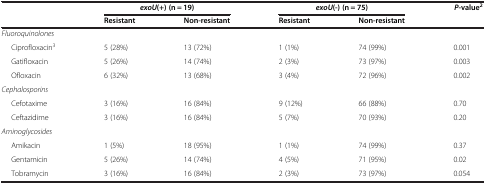
<table><thead><tr><td><b> </b></td><td colspan="2"><b><i>exoU</i>(+) (n = 19)</b></td><td colspan="2"><b><i>exoU</i>(-) (n = 75)</b></td><td rowspan="2"><b><i>P</i>-value<sup>2</sup></b></td></tr><tr><td><b> </b></td><td><b>Resistant</b></td><td><b>Non-resistant</b></td><td><b>Resistant</b></td><td><b>Non-resistant</b></td></tr></thead><tbody><tr><td><i>Fluoroquinolones</i></td><td> </td><td> </td><td> </td><td> </td><td> </td></tr><tr><td>Ciprofloxacin<sup>3</sup></td><td>5 (28%)</td><td>13 (72%)</td><td>1 (1%)</td><td>74 (99%)</td><td>0.001</td></tr><tr><td>Gatifloxacin</td><td>5 (26%)</td><td>14 (74%)</td><td>2 (3%)</td><td>73 (97%)</td><td>0.003</td></tr><tr><td>Ofloxacin</td><td>6 (32%)</td><td>13 (68%)</td><td>3 (4%)</td><td>72 (96%)</td><td>0.002</td></tr><tr><td><i>Cephalosporins</i></td><td> </td><td> </td><td> </td><td> </td><td> </td></tr><tr><td>Cefotaxime</td><td>3 (16%)</td><td>16 (84%)</td><td>9 (12%)</td><td>66 (88%)</td><td>0.70</td></tr><tr><td>Ceftazidime</td><td>3 (16%)</td><td>16 (84%)</td><td>5 (7%)</td><td>70 (93%)</td><td>0.20</td></tr><tr><td><i>Aminoglycosides</i></td><td> </td><td> </td><td> </td><td> </td><td> </td></tr><tr><td>Amikacin</td><td>1 (5%)</td><td>18 (95%)</td><td>1 (1%)</td><td>74 (99%)</td><td>0.37</td></tr><tr><td>Gentamicin</td><td>5 (26%)</td><td>14 (74%)</td><td>4 (5%)</td><td>71 (95%)</td><td>0.02</td></tr><tr><td>Tobramycin</td><td>3 (16%)</td><td>16 (84%)</td><td>2 (3%)</td><td>73 (97%)</td><td>0.054</td></tr></tbody></table>